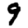
Digit: 9